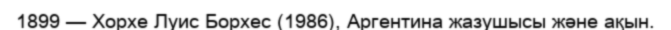
1899 — Хорхе Луис Борхес (1986), Аргентина жазушысы және ақын.